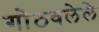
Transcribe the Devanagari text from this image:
गोठवलेले